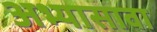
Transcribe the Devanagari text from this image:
अभ्यासावा